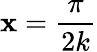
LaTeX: \mathbf{x}={\frac{{\pi}}{{2k}}}